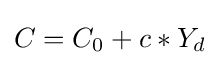
C=C_{0}+c*Y_{d}